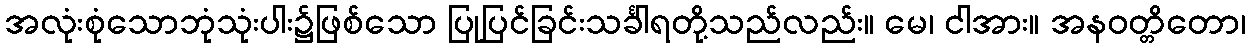
အလုံးစုံသောဘုံသုံးပါး၌ဖြစ်သော ပြုပြင်ခြင်းသင်္ခါရတို့သည်လည်း။ မေ၊ ငါအား။ အနဝတ္တိတော၊